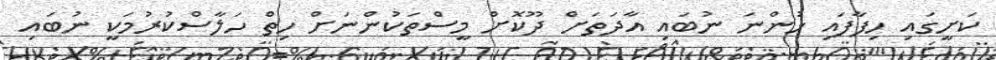
ކަށީގައި ހިފާފައި ހުންނަ ނުބައި އާދަތަށް ދޫކޮށް މީސްތަކުންނަށް ހިތް ހަލާސްކުރުމަކީ ނުބައި